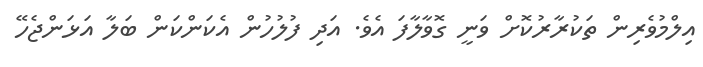
އިލްމުވެރިން ތަކުރާރުކޮށް ވަނީ ގޮވާލާފަ އެވެ. އަދި ފުލުހުން އެކަންކަން ބަލާ އަޅަންޖެހޭ